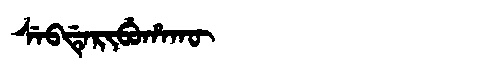
Manchu: ᠰᡝᠪᡩᡝᡵᡳᠪᡠᡥᠠᡴᡡ
Romanization: SEBDERIBUHAKŪ